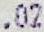
.02